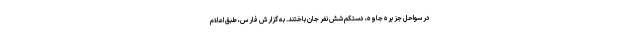
در سواحل جزیره جاوه، دستکم شش نفر جان باختند. به گزارش فارس، طبق اعلام